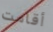
أقامت